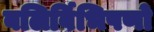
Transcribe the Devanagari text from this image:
बलिर्बिभिषणो